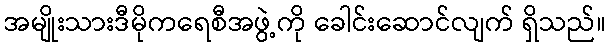
အမျိုးသားဒီမိုကရေစီအဖွဲ့ကို ခေါင်းဆောင်လျက် ရှိသည်။